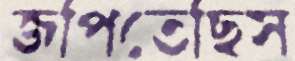
জপিতেছিস